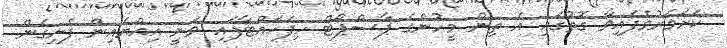
ކަށަވަރުވެފައިވާ ގޮތުގައި އެ ތިން މީހުންގެ ޕާސްޕޯޓް ހިފަހައްޓާފައި ވަނީ އިއްޔެއިން ފެށިގެން